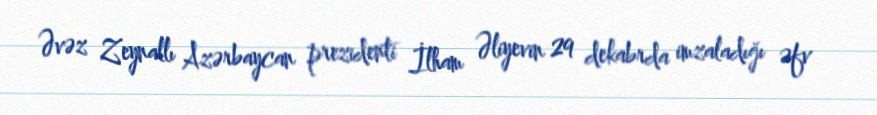
Əvəz Zeynallı Azərbaycan prezidenti İlham Əliyevin 29 dekabrda imzaladığı əfv